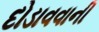
દોડાવવાની